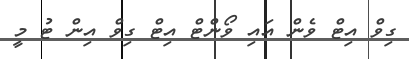
ގިވް އިޓް ވެން އައި ވޯންޓް އިޓް ގިވް އިން ޓު މީ